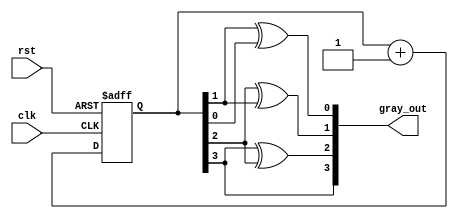
module gray_code_counter (
    input wire clk,          // Clock signal
    input wire rst,          // Reset signal
    output reg [3:0] gray_out // Gray code output (4-bit)
);

    reg [3:0] bin_count;     // Internal binary count

    // Binary to Gray code conversion
    function [3:0] bin_to_gray;
        input [3:0] bin;
        begin
            bin_to_gray = {bin[3], bin[3] ^ bin[2], bin[2] ^ bin[1], bin[1] ^ bin[0]};
        end
    endfunction

    // Sequential logic for counting
    always @(posedge clk or posedge rst) begin
        if (rst) begin
            bin_count <= 4'b0000; // Reset binary count to 0
        end else begin
            bin_count <= bin_count + 1; // Increment binary count
        end
    end

    // Combinational logic for Gray code output
    always @(*) begin
        gray_out = bin_to_gray(bin_count); // Convert binary count to Gray code
    end

endmodule